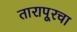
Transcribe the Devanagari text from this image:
तारापूरचा